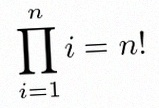
\prod_{i=1}^{n}i=n!